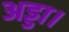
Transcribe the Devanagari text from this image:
अड्डा।